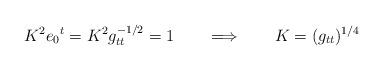
LaTeX: \begin{align*}K^2 e_0{}^t= K^2 g_{tt}^{-1/2} =1 \qquad \Longrightarrow \qquad K= (g_{tt})^{1/4}\end{align*}